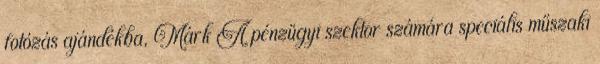
fotózás ajándékba, Márk A pénzügyi szektor számára speciális műszaki